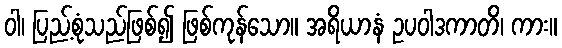
ဝါ၊ ပြည့်စုံသည်ဖြစ်၍ ဖြစ်ကုန်သော။ အရိယာနံ ဥပဝါဒကာတိ၊ ကား။